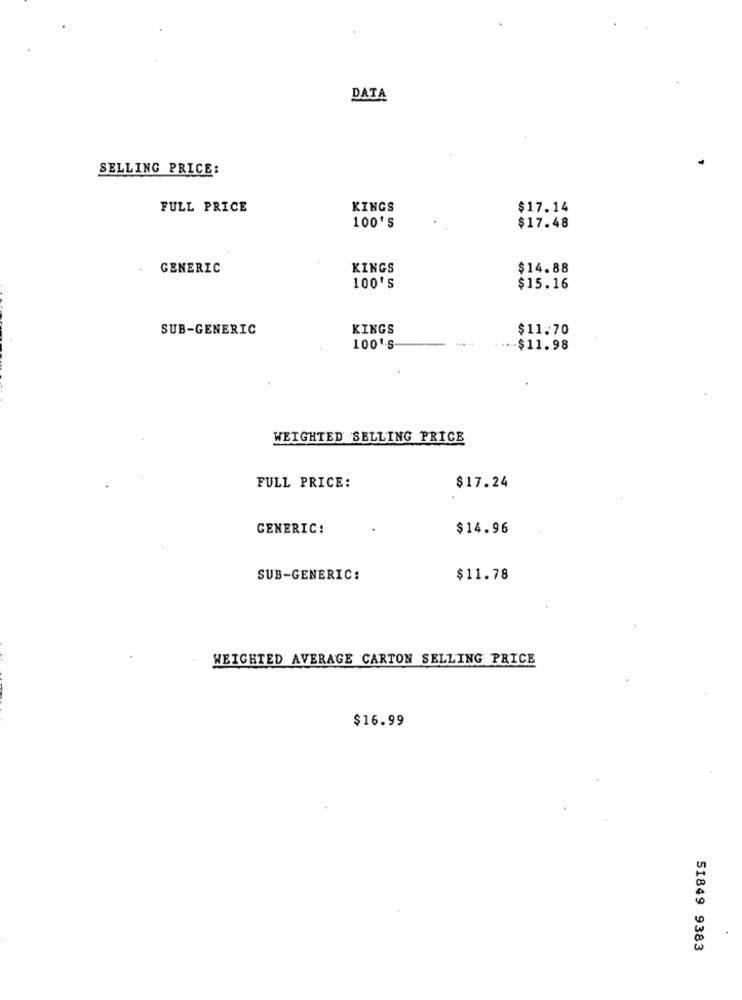
DATA
SELLING PRICE:
FULL PRICE
KINGS
$17.14
100's
$17.48
GENERIC
KINGS
$14.88
100'S
$15.16
SUB-GENERIC
KINGS
$11.70
100'S
-- $11.98
WEIGHTED SELLING PRICE
FULL PRICE:
$17.24
GENERIC:
$14.96
SUB-GENERIC:
$11.78
WEIGHTED AVERAGE CARTON SELLING PRICE
$16.99
51849 9383